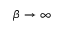
\beta \to \infty